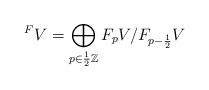
LaTeX: \begin{align*}^F V = \bigoplus_{p \in \frac{1}{2} \mathbb Z} F_pV/F_{p-\frac{1}{2}}V\end{align*}